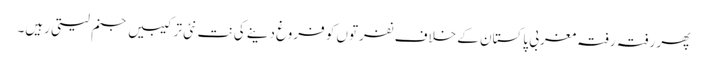
پھر رفتہ رفتہ مغربی پاکستان کے خلاف نفرتوں کو فروغ دینے کی نت نئی ترکیبیں جنم لیتی رہیں۔